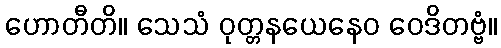
ဟောတီတိ။ သေသံ ဝုတ္တနယေနေဝ ဝေဒိတဗ္ဗံ။